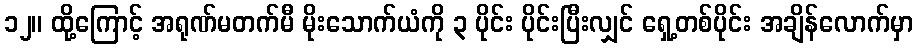
၁၂။ ထို့ကြောင့် အရုဏ်မတက်မီ မိုးသောက်ယံကို ၃ ပိုင်း ပိုင်းပြီးလျှင် ရှေ့တစ်ပိုင်း အချိန်လောက်မှာ